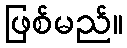
ဖြစ်မည်။